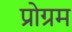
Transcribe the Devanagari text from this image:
प्रोग्रम